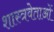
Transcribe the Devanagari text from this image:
शास्त्रवेताओं